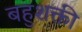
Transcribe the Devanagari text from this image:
बहुशक्ती